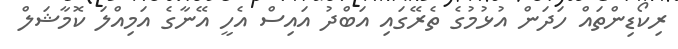
ރިކޯޑިންތައް ހަދަން އުޅުމުގެ ތެރޭގައި އަބްދު އައިސް އެހީ އޭނާގެ އަމިއްލަ ކޮމާޝަލް